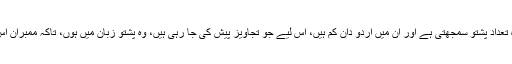
سید سکندر شاہ نے تجویز پیش کی کہ چوں کہ ایوان کے ممبروں کی زیادہ تعداد پشتو سمجھتی ہے اور ان میں اُردو دان کم ہیں، اس لیے جو تجاویز پیش کی جا رہی ہیں، وہ پشتو زبان میں ہوں، تاکہ ممبران اس کو بہ خوبی سمجھ سکیں اور بحث میں تفصیل کے ساتھ حصہ لے سکیں۔